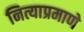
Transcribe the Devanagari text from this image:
नित्याप्रमाणे